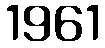
1961